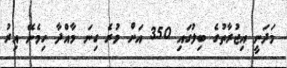
މަދަނީ އިޖުރާތުގެ ބިލުގައި 350 އަށް ވުރެ ގިނަ މާއްދާ ހިމެނޭ އިރު